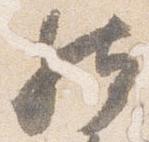
然